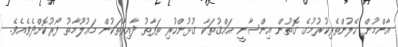
އާންމުން ހޭލުންތެރިކުރުމުގެ ގޮތުން އިންސާނީ ޙައްޤުތަކާ ގުޅުންހުރި ތަފާތު ދާއިރާތަކުން މަޢުލޫމާތު ފޯރުކޮށްދެވެއެވެ.